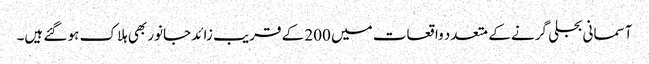
آسمانی بجلی گرنے کے متعدد واقعات میں 200 کے قریب زائد جانور بھی ہلاک ہو گئے ہیں۔